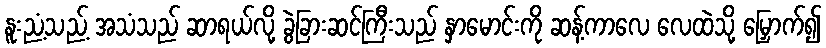
နူးညံ့သည့် အသံသည် ဆာရယ်လို့ ခွဲခြားဆင်ကြီးသည် နှာမောင်းကို ဆန့်ကာလေ လေထဲသို့ မြှောက်၍